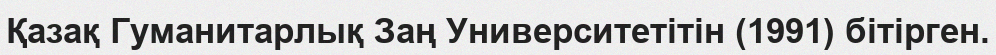
Қазақ Гуманитарлық Заң Университетітін (1991) бітірген.